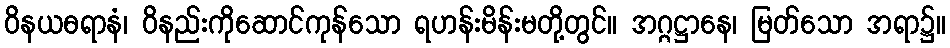
ဝိနယဓရာနံ၊ ဝိနည်းကိုဆောင်ကုန်သော ရဟန်းမိန်းမတို့တွင်။ အဂ္ဂဋ္ဌာနေ၊ မြတ်သော အရာ၌။